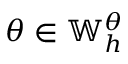
\theta \in \mathbb { W } _ { h } ^ { \theta }